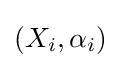
(X_{i},\alpha _{i})